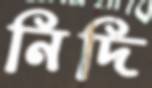
নিদি